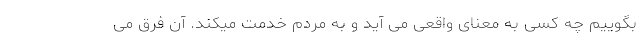
بگوییم چه کسی به معنای واقعی می آید و به مردم خدمت میکند. آن فرق می